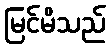
မြင်မိသည်